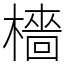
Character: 檣